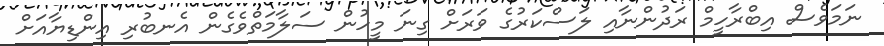
ނަމަވެސް އިބްރާހީމް ރަދުންނާއި ލަސްކަރުގެ ވަރަށް ގިނަ މީހުން ސަލާމަތްވެގެން އެނބުރި އިންޑިޔާއަށް